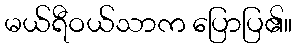
မယ်ရီဝယ်သာက ပြောပြ၏။